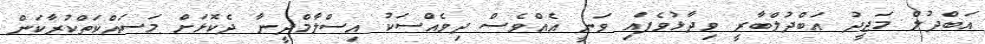
އަބްދުލް މަޖީދު އަބްދުލްބާރީ ވިދާޅުވެފައި ވަނީ އެއްވެސް ދިވެއްސަކު އިސްލާމްދީނާ ދެކޮޅަށް މަސައްކަތްކުރާކަން